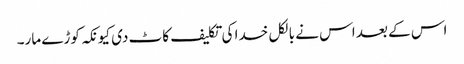
اس کے بعد اس نے بالکل خدا کی تکلیف کاٹ دی کیونکہ کوڑے مار۔